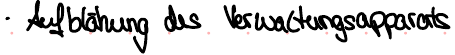
Aufblähung des Verwaltungsapparats